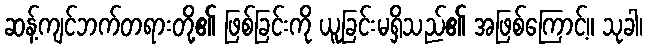
ဆန့်ကျင်ဘက်တရားတို့၏ ဖြစ်ခြင်းကို ယူခြင်းမရှိသည်၏ အဖြစ်ကြောင့်။ သုခါ၊